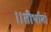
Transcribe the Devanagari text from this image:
॥तीर्थानां